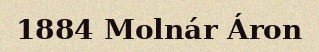
1884 Molnár Áron